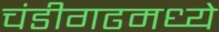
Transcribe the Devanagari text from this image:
चंडीगढमध्ये